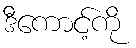
ဒီကောင့်ကို